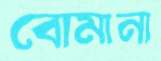
বোমানা